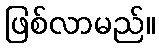
ဖြစ်လာမည်။